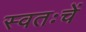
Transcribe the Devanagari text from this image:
स्वतःचें